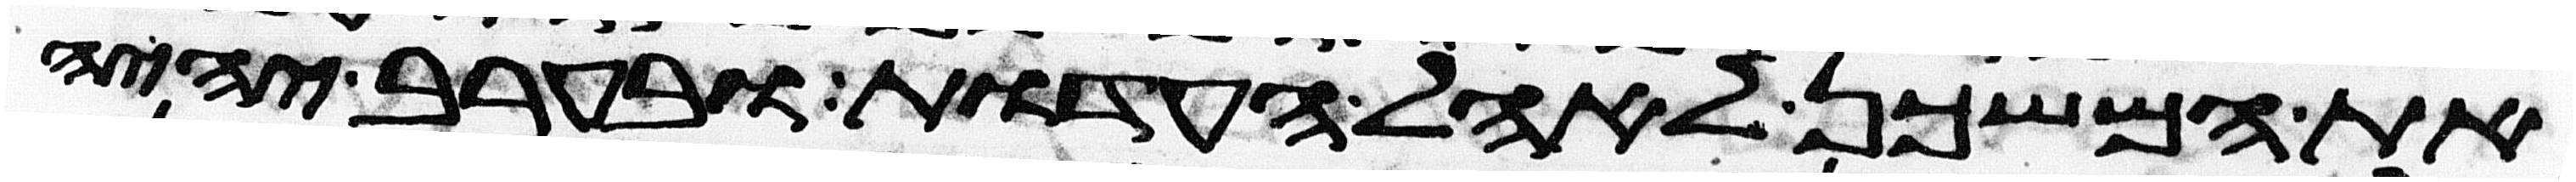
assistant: את המשכן לאהל העדות ובערב יהיה